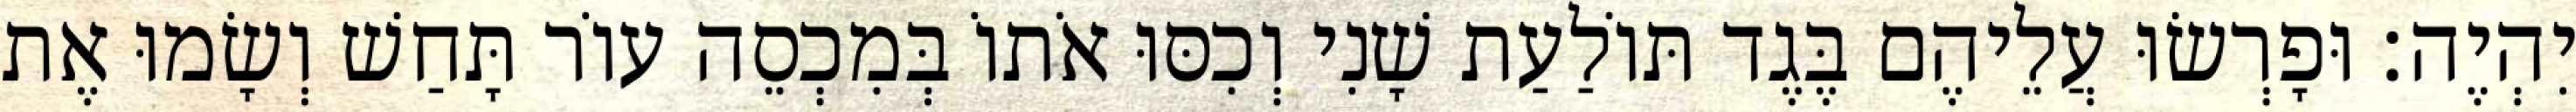
יִהְיֶה׃ וּפָרְשׂוּ עֲלֵיהֶם בֶּגֶד תּוֹלַעַת שָׁנִי וְכִסּוּ אֹתוֹ בְּמִכְסֵה עוֹר תָּחַשׁ וְשָׂמוּ אֶת